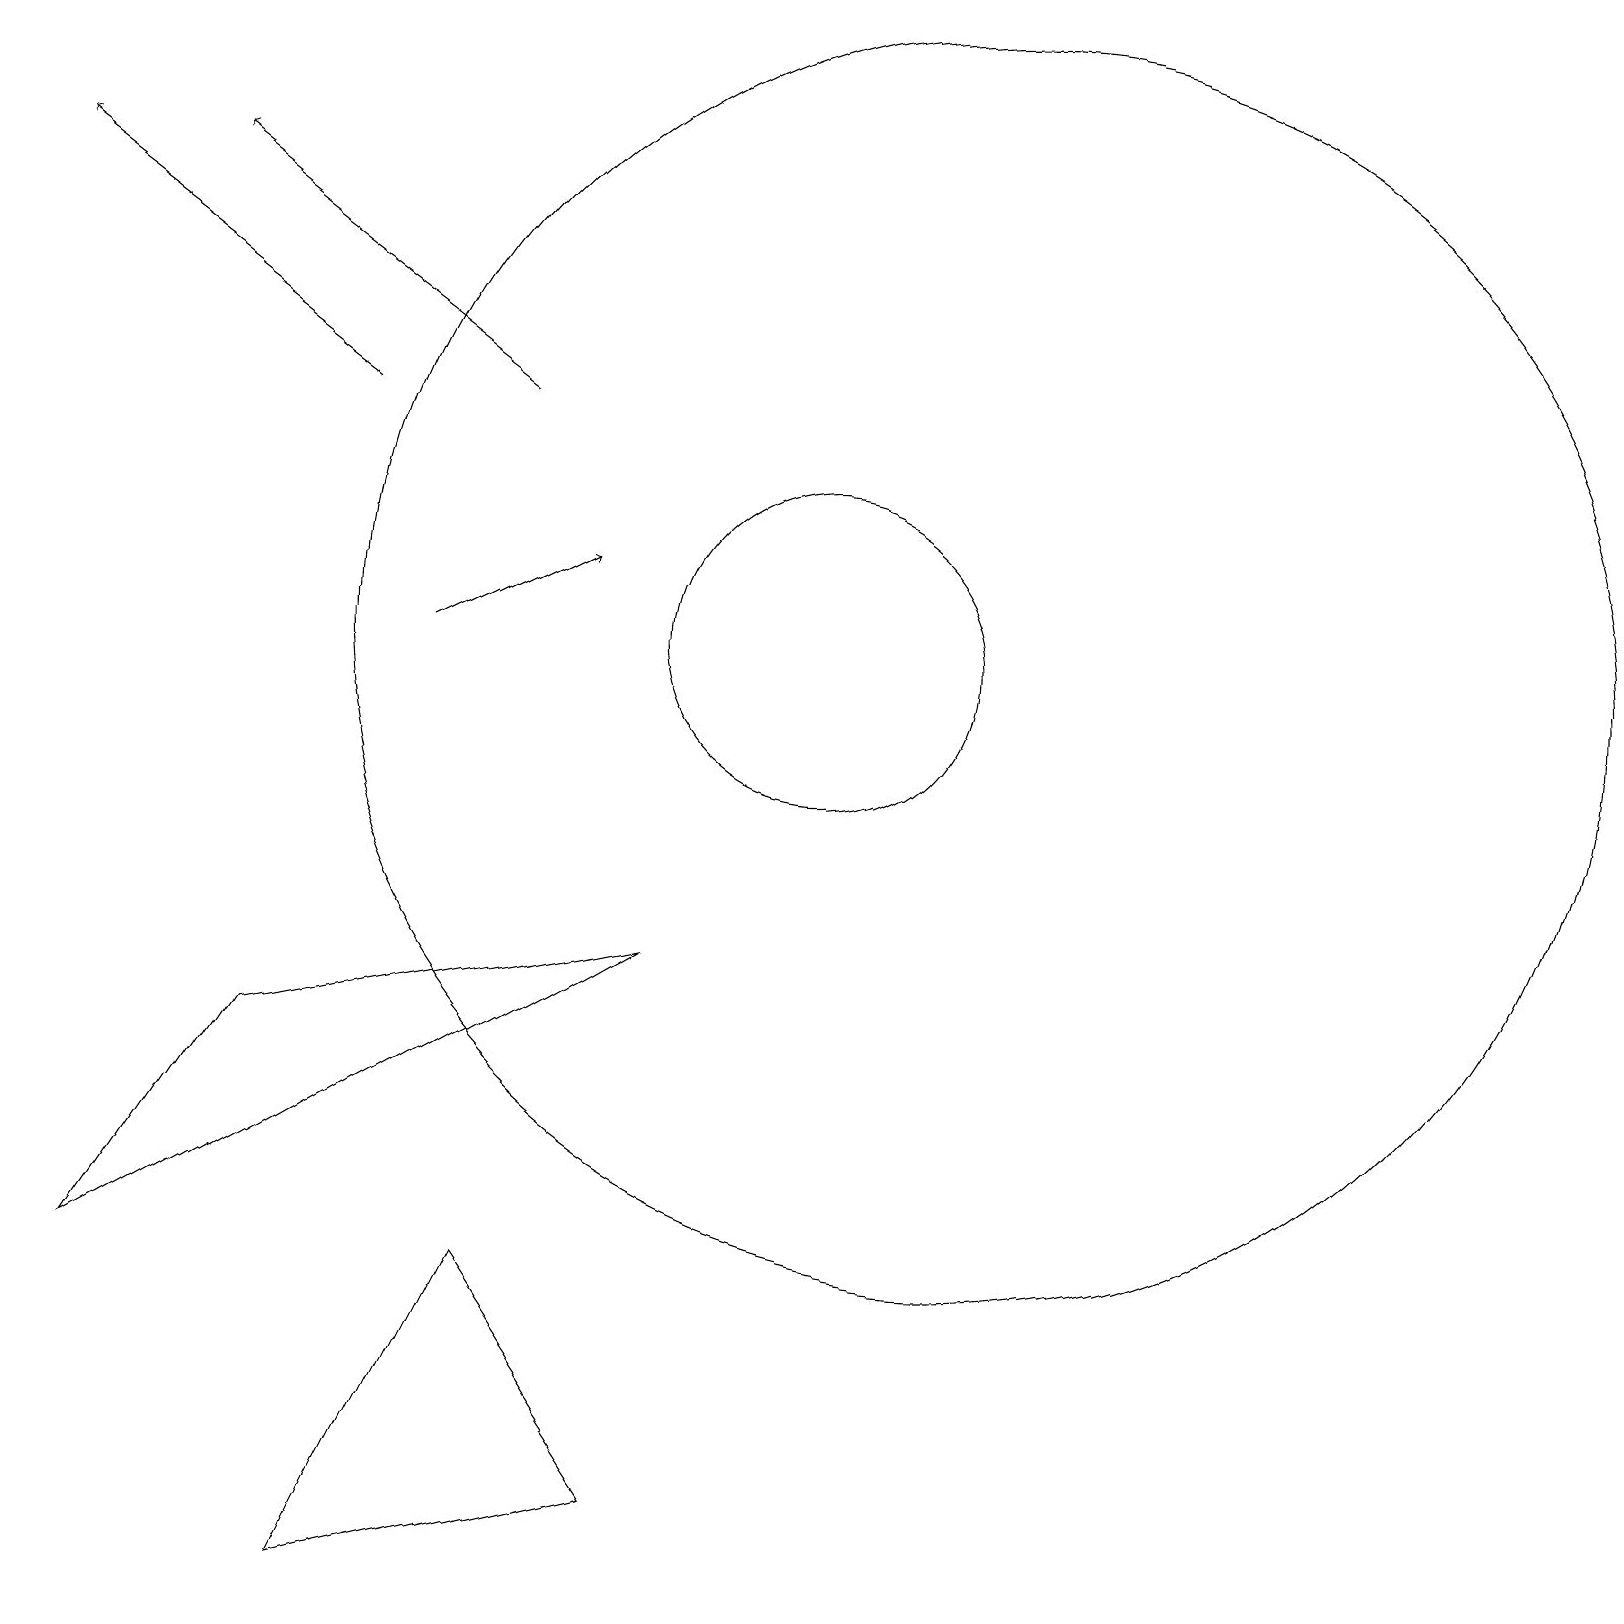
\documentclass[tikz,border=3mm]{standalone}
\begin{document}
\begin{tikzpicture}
\draw[->] (5,12) -- (7,13);
\draw (3,7) -- (8,8) -- (1,4) -- cycle;
\draw[->] (4,15) -- (0,18);
\draw[->] (6,15) -- (2,18);
\draw (4,0) -- (6,4) -- (8,1) -- cycle;
\draw (10,12) circle (2);
\draw (12,12) circle (8);
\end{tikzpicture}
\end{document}